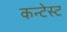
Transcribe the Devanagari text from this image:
कन्टेस्ट